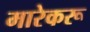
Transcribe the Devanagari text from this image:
मारेकरू